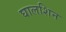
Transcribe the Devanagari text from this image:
घालशिन